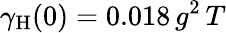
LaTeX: \gamma_{\mathrm{H}}(0)=0.018\, g^{2}\, T